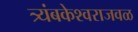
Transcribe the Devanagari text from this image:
त्र्यंबकेश्वराजवळ